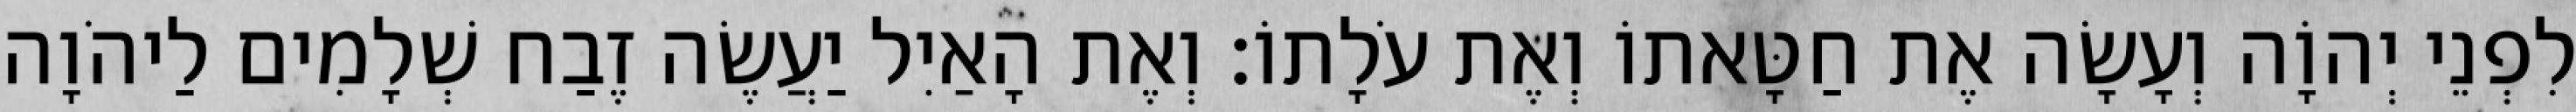
לִפְנֵי יְהוָֹה וְעָשָׂה אֶת חַטָּאתוֹ וְאֶת עֹלָתוֹ׃ וְאֶת הָאַיִל יַעֲשֶׂה זֶבַח שְׁלָמִים לַיהֹוָה